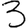
Digit: 3